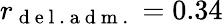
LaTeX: r_{\mathrm{~d~e~l~.~a~d~m~.~}}=0.34